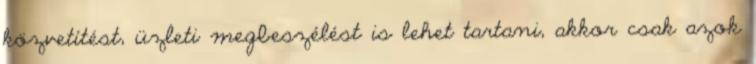
közvetítést, üzleti megbeszélést is lehet tartani, akkor csak azok